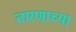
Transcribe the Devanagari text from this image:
तारणाच्या